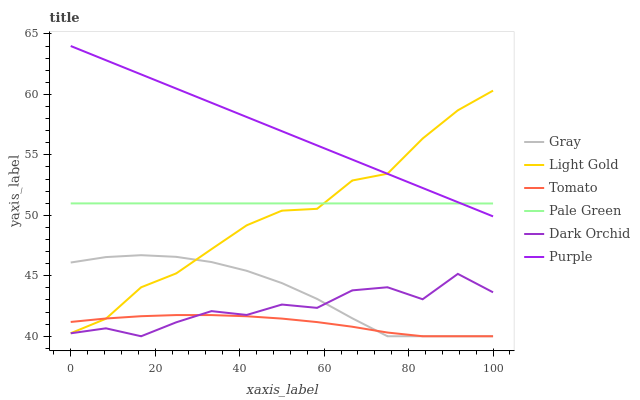
| xaxis_label | Gray | Light Gold | Tomato | Pale Green | Dark Orchid | Purple |
 | --- | --- | --- | --- | --- | --- | --- |
 | 0 | 46.1 | 40.3 | 41.2 | 51 | 40.2 | 64 |
 | 8.33 | 46.5 | 41.4 | 41.5 | 51 | 40.7 | 62.8 |
 | 16.7 | 46.7 | 44 | 41.7 | 51 | 40 | 61.7 |
 | 25 | 46.6 | 45.2 | 41.8 | 51 | 41.2 | 60.5 |
 | 33.3 | 46.1 | 47.2 | 41.8 | 51 | 42.1 | 59.3 |
 | 41.7 | 45.4 | 49.2 | 41.7 | 51 | 41.8 | 58.1 |
 | 50 | 44.4 | 50.4 | 41.5 | 51 | 42.6 | 57 |
 | 58.3 | 43.1 | 50.5 | 41.2 | 51 | 42.3 | 55.8 |
 | 66.7 | 41.5 | 52.9 | 40.8 | 51 | 43.8 | 54.6 |
 | 75 | 40 | 53.4 | 40.3 | 51 | 44.1 | 53.4 |
 | 83.3 | 40 | 56.3 | 40 | 51 | 43.1 | 52.3 |
 | 91.7 | 40 | 58.7 | 40 | 51 | 45.2 | 51.1 |
 | 100 | 40 | 60.3 | 40 | 51 | 43.6 | 49.9 |